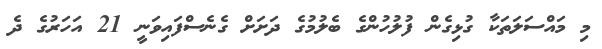
މި މައްސަލަތަކާ ގުޅިގެން ފުލުހުންގެ ބެލުމުގެ ދަށަށް ގެނެސްފައިވަނީ 21 އަހަރުގެ ދެ